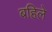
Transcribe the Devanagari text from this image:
बहिले